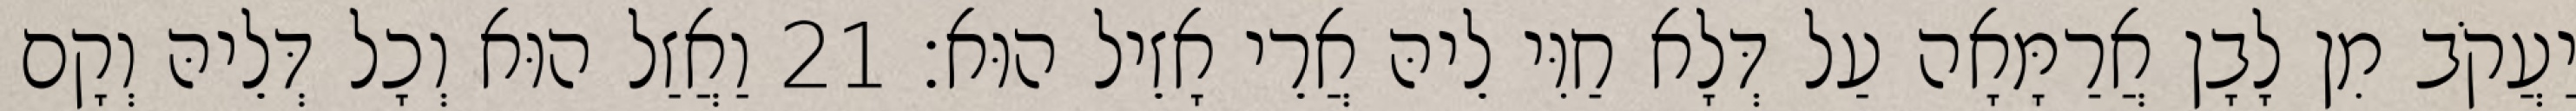
יַעֲקֹב מִן לָבָן אֲרַמָּאָה עַל דְּלָא חַוִּי לֵיהּ אֲרֵי אָזֵיל הוּא׃ 21 וַאֲזַל הוּא וְכָל דְּלֵיהּ וְקָם